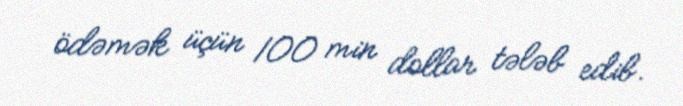
ödəmək üçün 100 min dollar tələb edib.